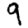
Digit: 9